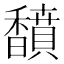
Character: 馩